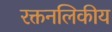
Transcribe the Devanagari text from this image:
रक्तनलिकीय